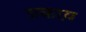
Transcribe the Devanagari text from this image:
प्रकाय़